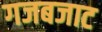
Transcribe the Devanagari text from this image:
गजबजाट